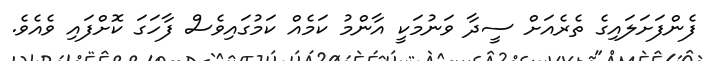
ފެންފަށަލައިގެ ތެރެއަށް ސީދާ ވަނުމަކީ އާންމު ކަމެއް ކަމުގައިވެސް ފާހަގަ ކޮށްފައި ވެއެވެ.